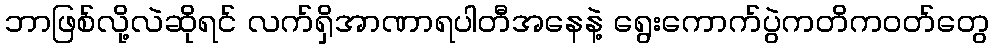
ဘာဖြစ်လို့လဲဆိုရင် လက်ရှိအာဏာရပါတီအနေနဲ့ ရွေးကောက်ပွဲကတိကဝတ်တွေ